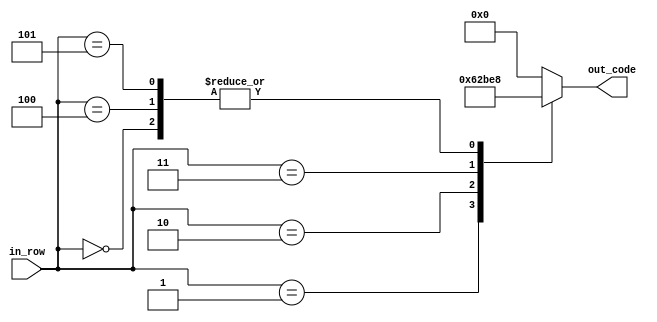
module num_4(
    input [2:0] in_row,
    output reg [4:0] out_code
    );

parameter [4:0] d_0 = 5'b01000; //  X
parameter [4:0] d_1 = 5'b01100; //  XX
parameter [4:0] d_2 = 5'b01010; //  X X 
parameter [4:0] d_3 = 5'b11111; // XXXXX


always @ *
begin
	case (in_row)
		3'b000:
			out_code = d_0;
		3'b001:
			out_code = d_1;
		3'b010:
			out_code = d_2;
		3'b011:
			out_code = d_3;
		3'b100:
			out_code = d_0;
		3'b101:
			out_code = d_0;
		default:
			out_code = 5'b0;
	endcase
end


endmodule